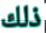
ذلك